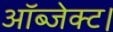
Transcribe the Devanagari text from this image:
ऑब्जेक्ट।